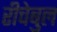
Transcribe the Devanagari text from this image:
रीचेबुल